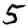
Digit: 5